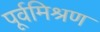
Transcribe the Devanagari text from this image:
पूर्वमिश्रण